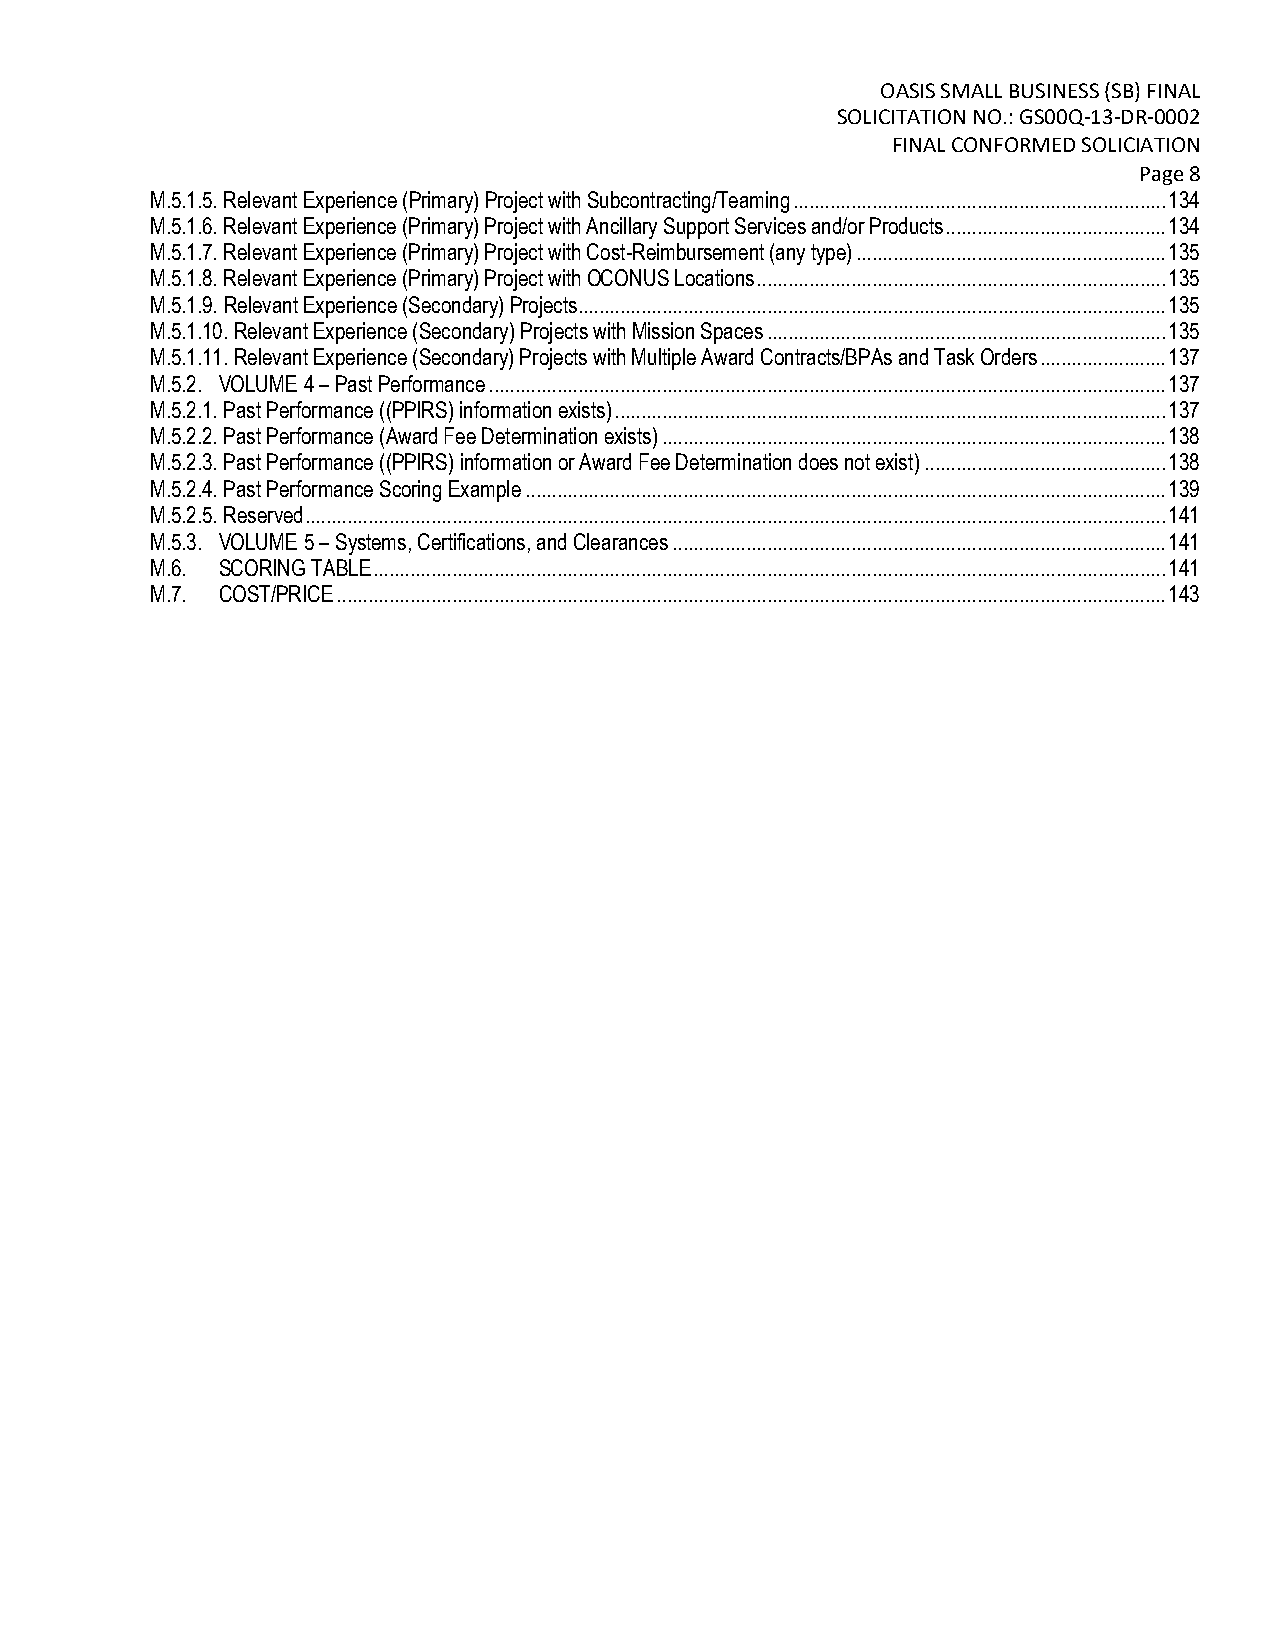
OASIS SMALL BUSINESS (SB) FINAL
 SOLICITATION NO.: GS00Q-13-DR-0002
 FINAL CONFORMED SOLICIATION
 Page 8
 M.5.1.5. Relevant Experience (Primary) Project with Subcontracting/Teaming ....................................................................... 134
 M.5.1.6. Relevant Experience (Primary) Project with Ancillary Support Services and/or Products .......................................... 134
 M.5.1.7. Relevant Experience (Primary) Project with Cost-Reimbursement (any type) ........................................................... 135
 M.5.1.8. Relevant Experience (Primary) Project with OCONUS Locations .............................................................................. 135
 M.5.1.9. Relevant Experience (Secondary) Projects ................................................................................................................ 135
 M.5.1.10. Relevant Experience (Secondary) Projects with Mission Spaces ............................................................................ 135
 M.5.1.11. Relevant Experience (Secondary) Projects with Multiple Award Contracts/BPAs and Task Orders ........................ 137
 M.5.2. VOLUME 4 – Past Performance ................................................................................................................................. 137
 M.5.2.1. Past Performance ((PPIRS) information exists) ......................................................................................................... 137
 M.5.2.2. Past Performance (Award Fee Determination exists) ................................................................................................ 138
 M.5.2.3. Past Performance ((PPIRS) information or Award Fee Determination does not exist) .............................................. 138
 M.5.2.4. Past Performance Scoring Example .......................................................................................................................... 139
 M.5.2.5. Reserved .................................................................................................................................................................... 141
 M.5.3. VOLUME 5 – Systems, Certifications, and Clearances .............................................................................................. 141
 M.6. SCORING TABLE ....................................................................................................................................................... 141
 M.7. COST/PRICE .............................................................................................................................................................. 143